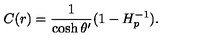
C ( r ) = { \frac { 1 } { \cosh \theta ^ { \prime } } } ( 1 - H _ { p } ^ { - 1 } ) .